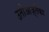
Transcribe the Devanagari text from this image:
उतोआज़्तेका